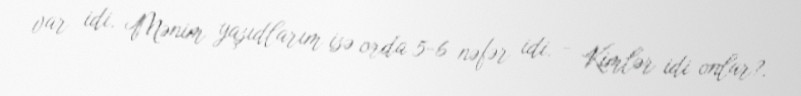
var idi. Mənim yaşıdlarım isə orda 5-6 nəfər idi. - Kimlər idi onlar?.